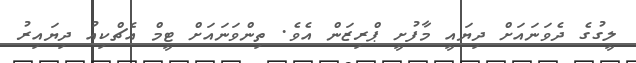
ލީގުގެ ދެވަނައަށް ދިޔައީ މާފުށީ ޕްރިޒަން އެވެ. ތިންވަނައަށް ޓީމް އެޗްކިއު ދިޔައިރު